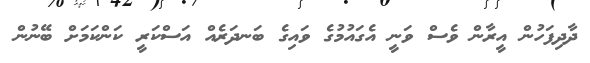
ދާދިފަހުން އީރާން ވެސް ވަނީ އެގައުމުގެ ވައިގެ ބަނދަރެއް އަސްކަރީ ކަންކަމަށް ބޭނުން